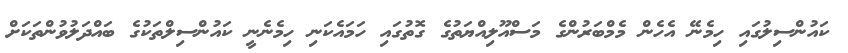
ކައުންސިލުގައި ހިމެނޭ އެހެން މެމްބަރުންގެ މަސްއޫލިއްޔަތުގެ ގޮތުގައި ހަމައެކަނި ހިމެނެނީ ކައުންސިލްތަކުގެ ބައްދަލުވުންތަކަށް